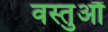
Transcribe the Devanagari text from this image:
वस्तुऔं